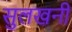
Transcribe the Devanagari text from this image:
सुलखनी